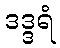
ဒဒ္ဒရံ